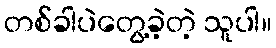
တစ်ခါပဲတွေ့ခဲ့တဲ့ သူပါ။